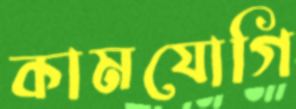
কামযোগি